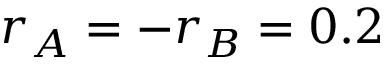
r _ { A } = - r _ { B } = 0 . 2